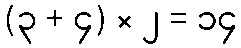
(၃ + ၄) × ၂ = ၁၄